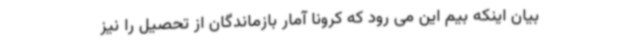
بیان اینکه بیم این می رود که کرونا آمار بازماندگان از تحصیل را نیز